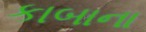
કાબાના